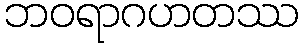
ဘဝရာဂဟတဿ